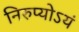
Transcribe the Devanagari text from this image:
निरुप्योऽयं